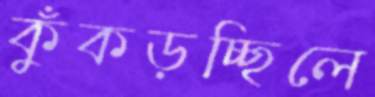
কুঁকড়চ্ছিলে